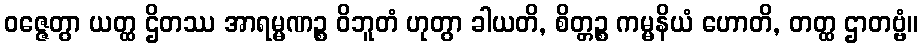
ဝဇ္ဇေတွာ ယတ္ထ ဌိတဿ အာရမ္မဏဉ္စ ဝိဘူတံ ဟုတွာ ခါယတိ, စိတ္တဉ္စ ကမ္မနိယံ ဟောတိ, တတ္ထ ဌာတဗ္ဗံ။